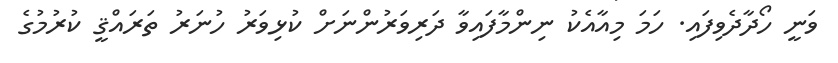
ވަނީ ހޯދާދެވިފައި. ހަމަ މިއާއެކު ނިންމާފައިވާ ދަރިވަރުންނަށް ކުޅިވަރު ހުނަރު ތަރައްޤީ ކުރުމުގެ